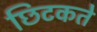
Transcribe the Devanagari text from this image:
छिटकते